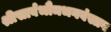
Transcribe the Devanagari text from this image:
श्रीसार्वभौमभगवंस्तव